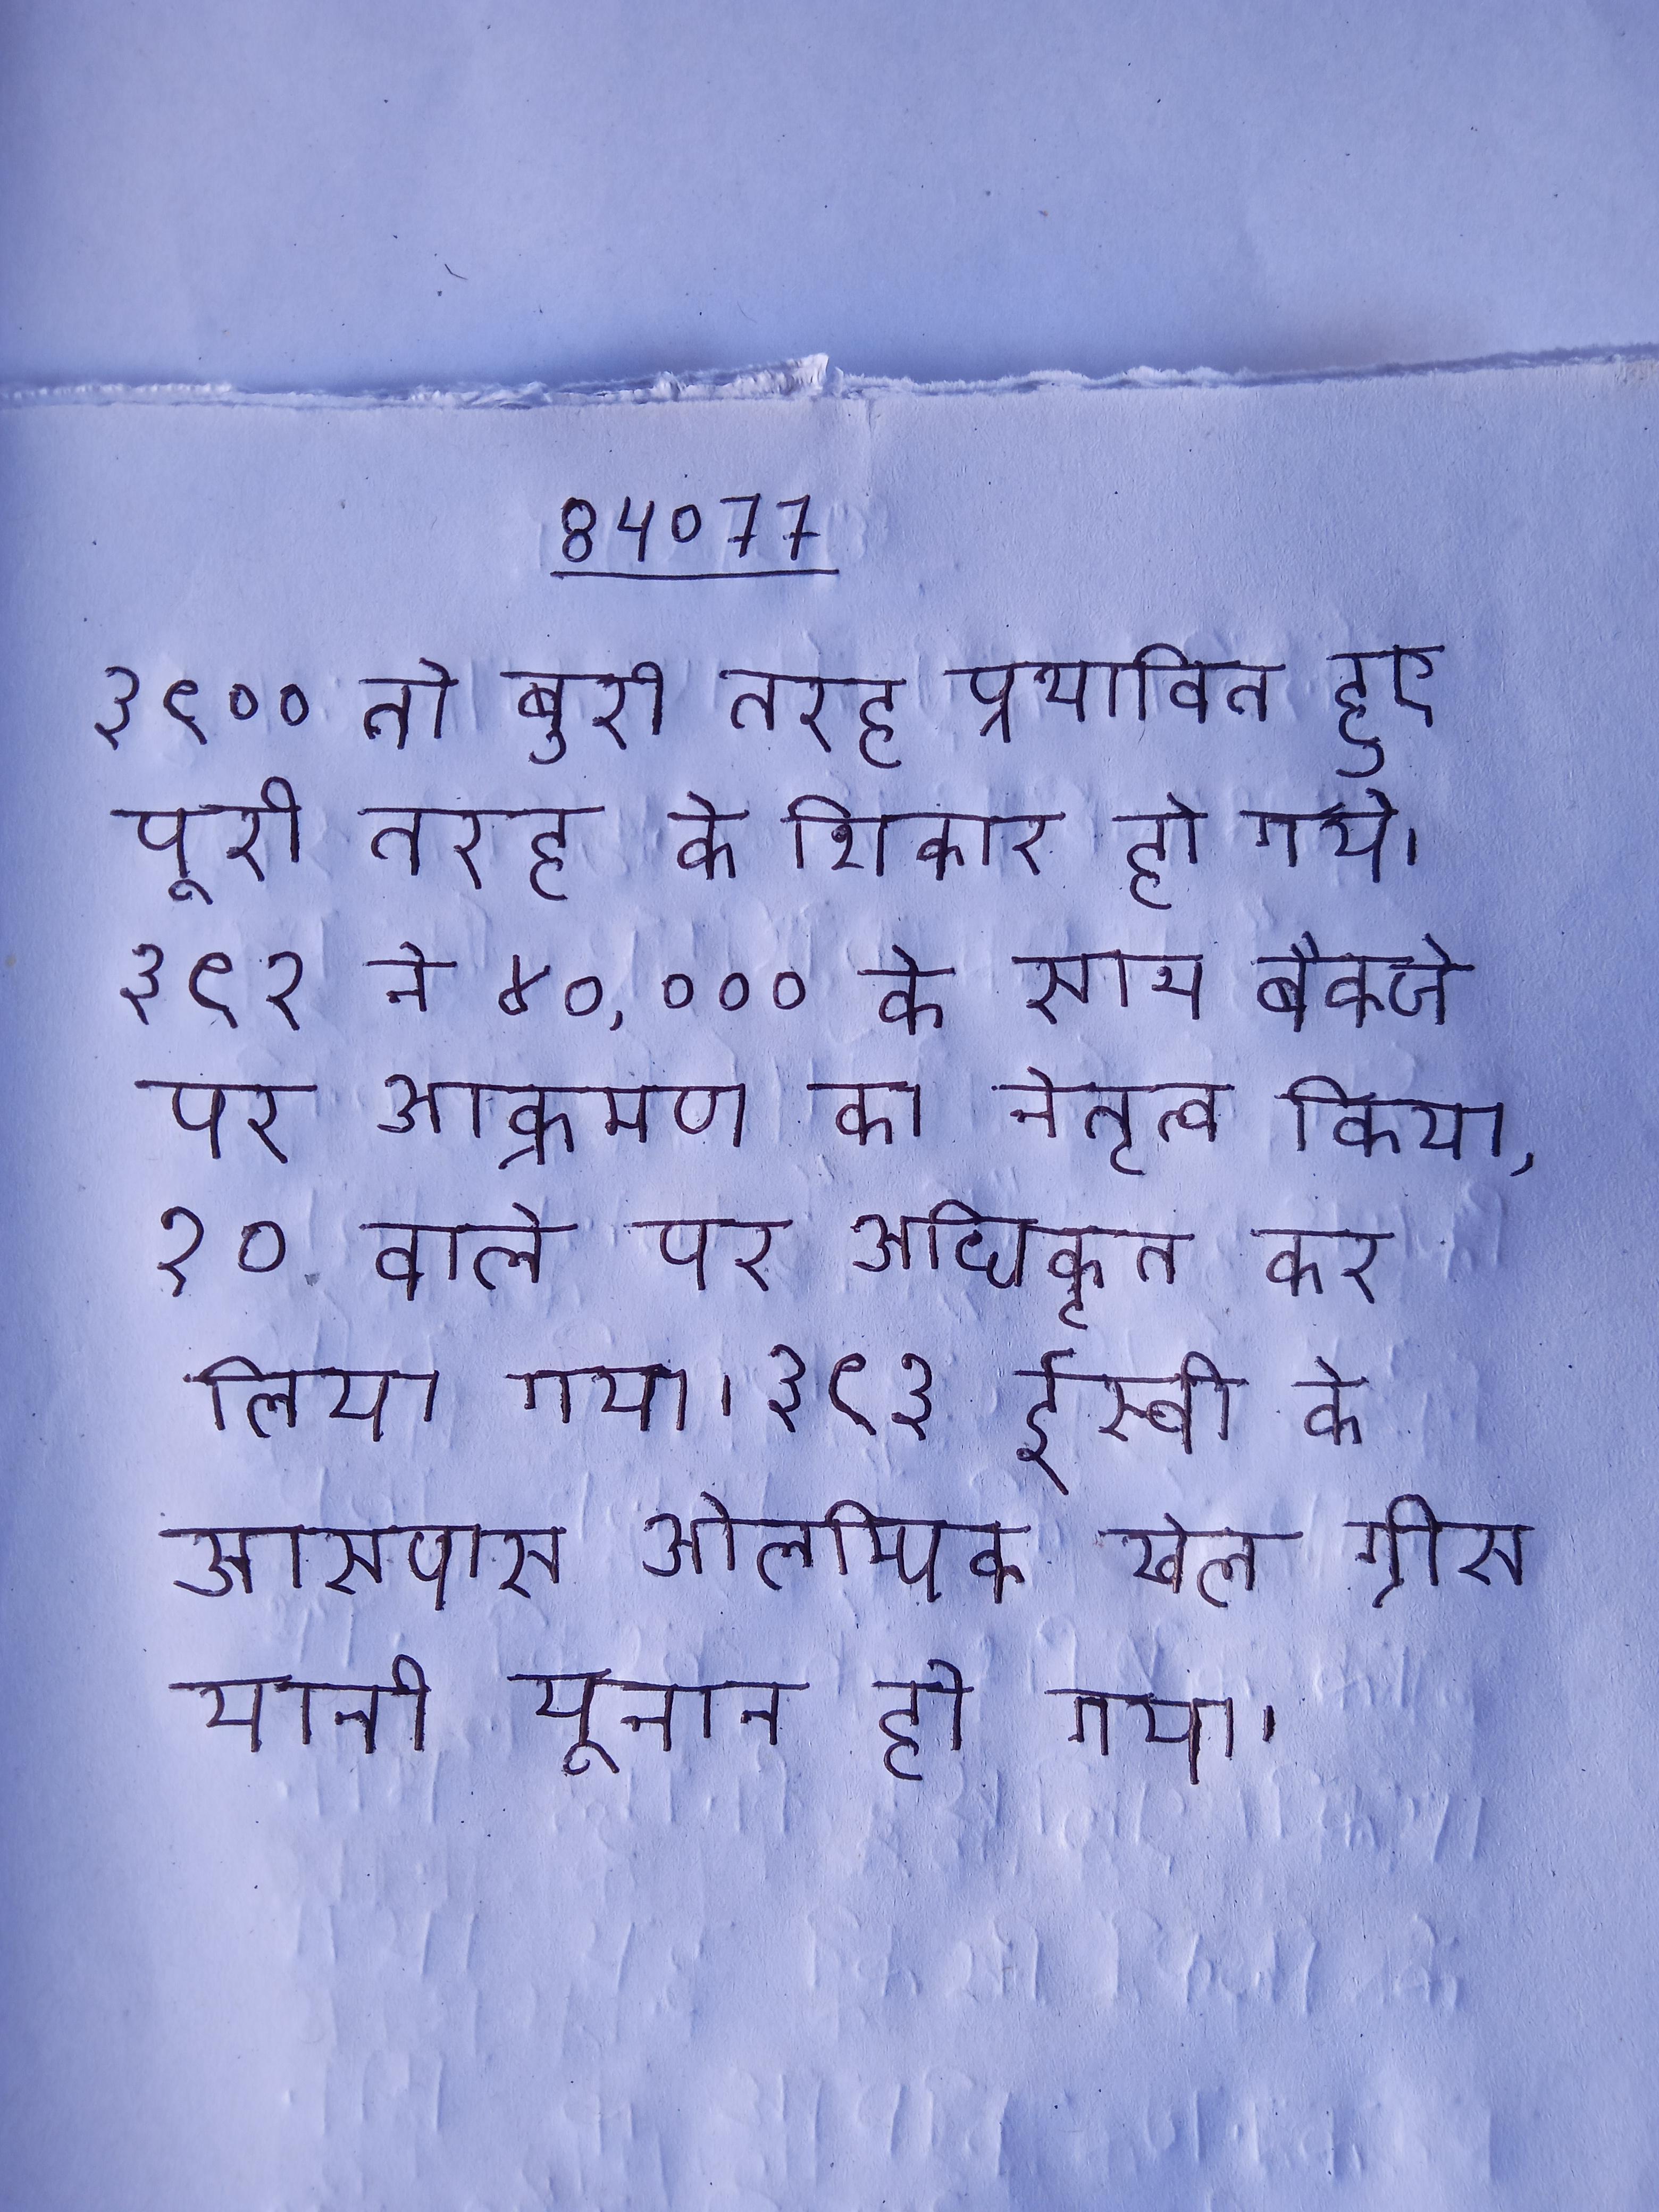
३९०० तो बुरी तरह प्रभावित हुए पूरी तरह के शिकार हो गये । ३९२ ने ४०,००० के साथ बैक्जे पर आक्रमण का नेतृत्व किया, १० वाले पर अधिकृत कर लिया गया । ३९३ ईस्वी के आसपास ओलम्पिक खेल ग्रीस यानी यूनान हो गया ।